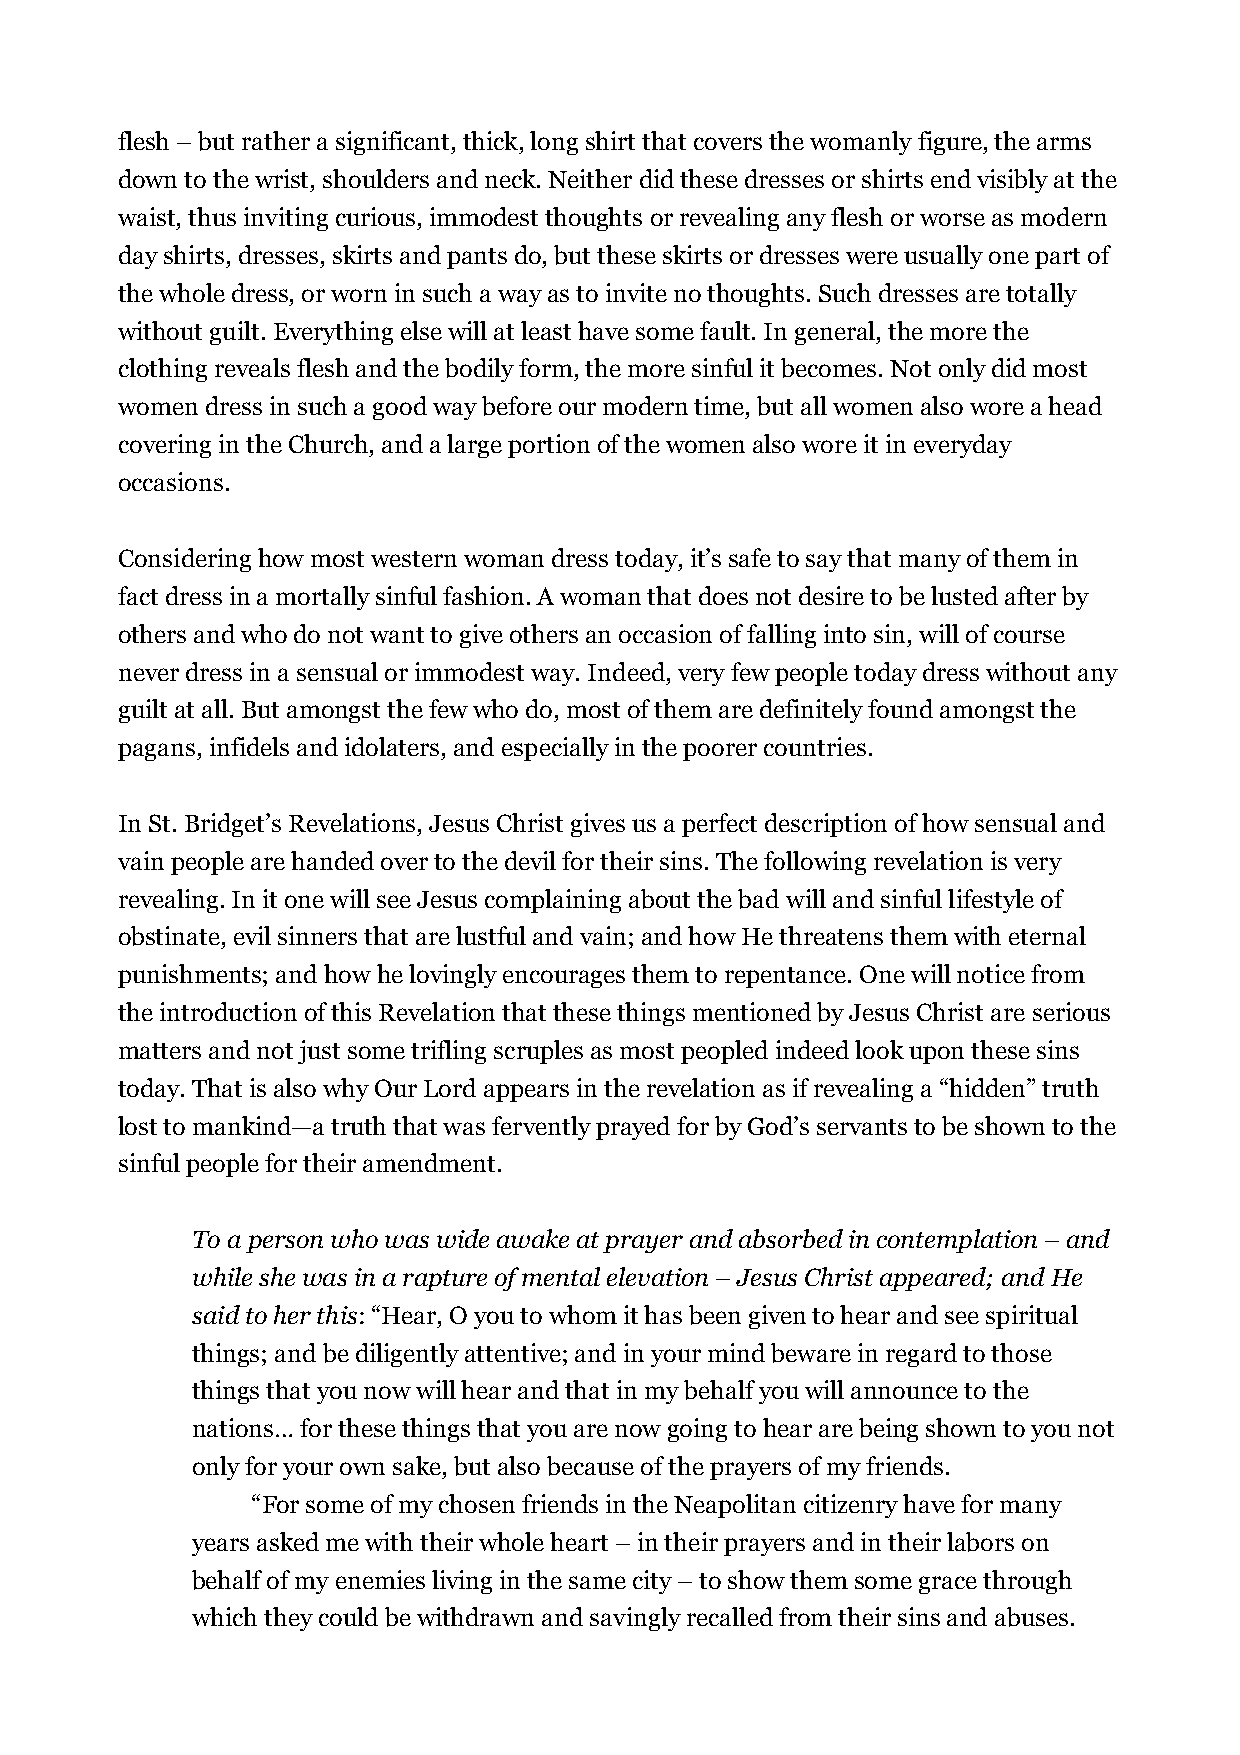
flesh – but rather a significant, thick, long shirt that covers the womanly figure, the arms
 down to the wrist, shoulders and neck. Neither did these dresses or shirts end visibly at the
 waist, thus inviting curious, immodest thoughts or revealing any flesh or worse as modern
 day shirts, dresses, skirts and pants do, but these skirts or dresses were usually one part of
 the whole dress, or worn in such a way as to invite no thoughts. Such dresses are totally
 without guilt. Everything else will at least have some fault. In general, the more the
 clothing reveals flesh and the bodily form, the more sinful it becomes. Not only did most
 women dress in such a good way before our modern time, but all women also wore a head
 covering in the Church, and a large portion of the women also wore it in everyday
 occasions.
 Considering how most western woman dress today, it’s safe to say that many of them in
 fact dress in a mortally sinful fashion. A woman that does not desire to be lusted after by
 others and who do not want to give others an occasion of falling into sin, will of course
 never dress in a sensual or immodest way. Indeed, very few people today dress without any
 guilt at all. But amongst the few who do, most of them are definitely found amongst the
 pagans, infidels and idolaters, and especially in the poorer countries.
 In St. Bridget’s Revelations, Jesus Christ gives us a perfect description of how sensual and
 vain people are handed over to the devil for their sins. The following revelation is very
 revealing. In it one will see Jesus complaining about the bad will and sinful lifestyle of
 obstinate, evil sinners that are lustful and vain; and how He threatens them with eternal
 punishments; and how he lovingly encourages them to repentance. One will notice from
 the introduction of this Revelation that these things mentioned by Jesus Christ are serious
 matters and not just some trifling scruples as most peopled indeed look upon these sins
 today. That is also why Our Lord appears in the revelation as if revealing a “hidden” truth
 lost to mankind—a truth that was fervently prayed for by God’s servants to be shown to the
 sinful people for their amendment.
 To a person who was wide awake at prayer and absorbed in contemplation – and
 while she was in a rapture of mental elevation – Jesus Christ appeared; and He
 said to her this: “Hear, O you to whom it has been given to hear and see spiritual
 things; and be diligently attentive; and in your mind beware in regard to those
 things that you now will hear and that in my behalf you will announce to the
 nations… for these things that you are now going to hear are being shown to you not
 only for your own sake, but also because of the prayers of my friends.
 “For some of my chosen friends in the Neapolitan citizenry have for many
 years asked me with their whole heart – in their prayers and in their labors on
 behalf of my enemies living in the same city – to show them some grace through
 which they could be withdrawn and savingly recalled from their sins and abuses.